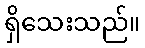
ရှိသေးသည်။